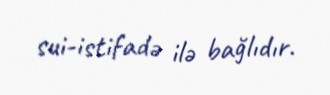
sui-istifadə ilə bağlıdır.